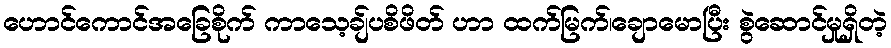
ဟောင်ကောင်အခြေစိုက် ကာသေ့ချ်ပစိဖိတ် ဟာ ထက်မြက်၊ချောမောပြီး စွဲဆောင်မှုရှိတဲ့